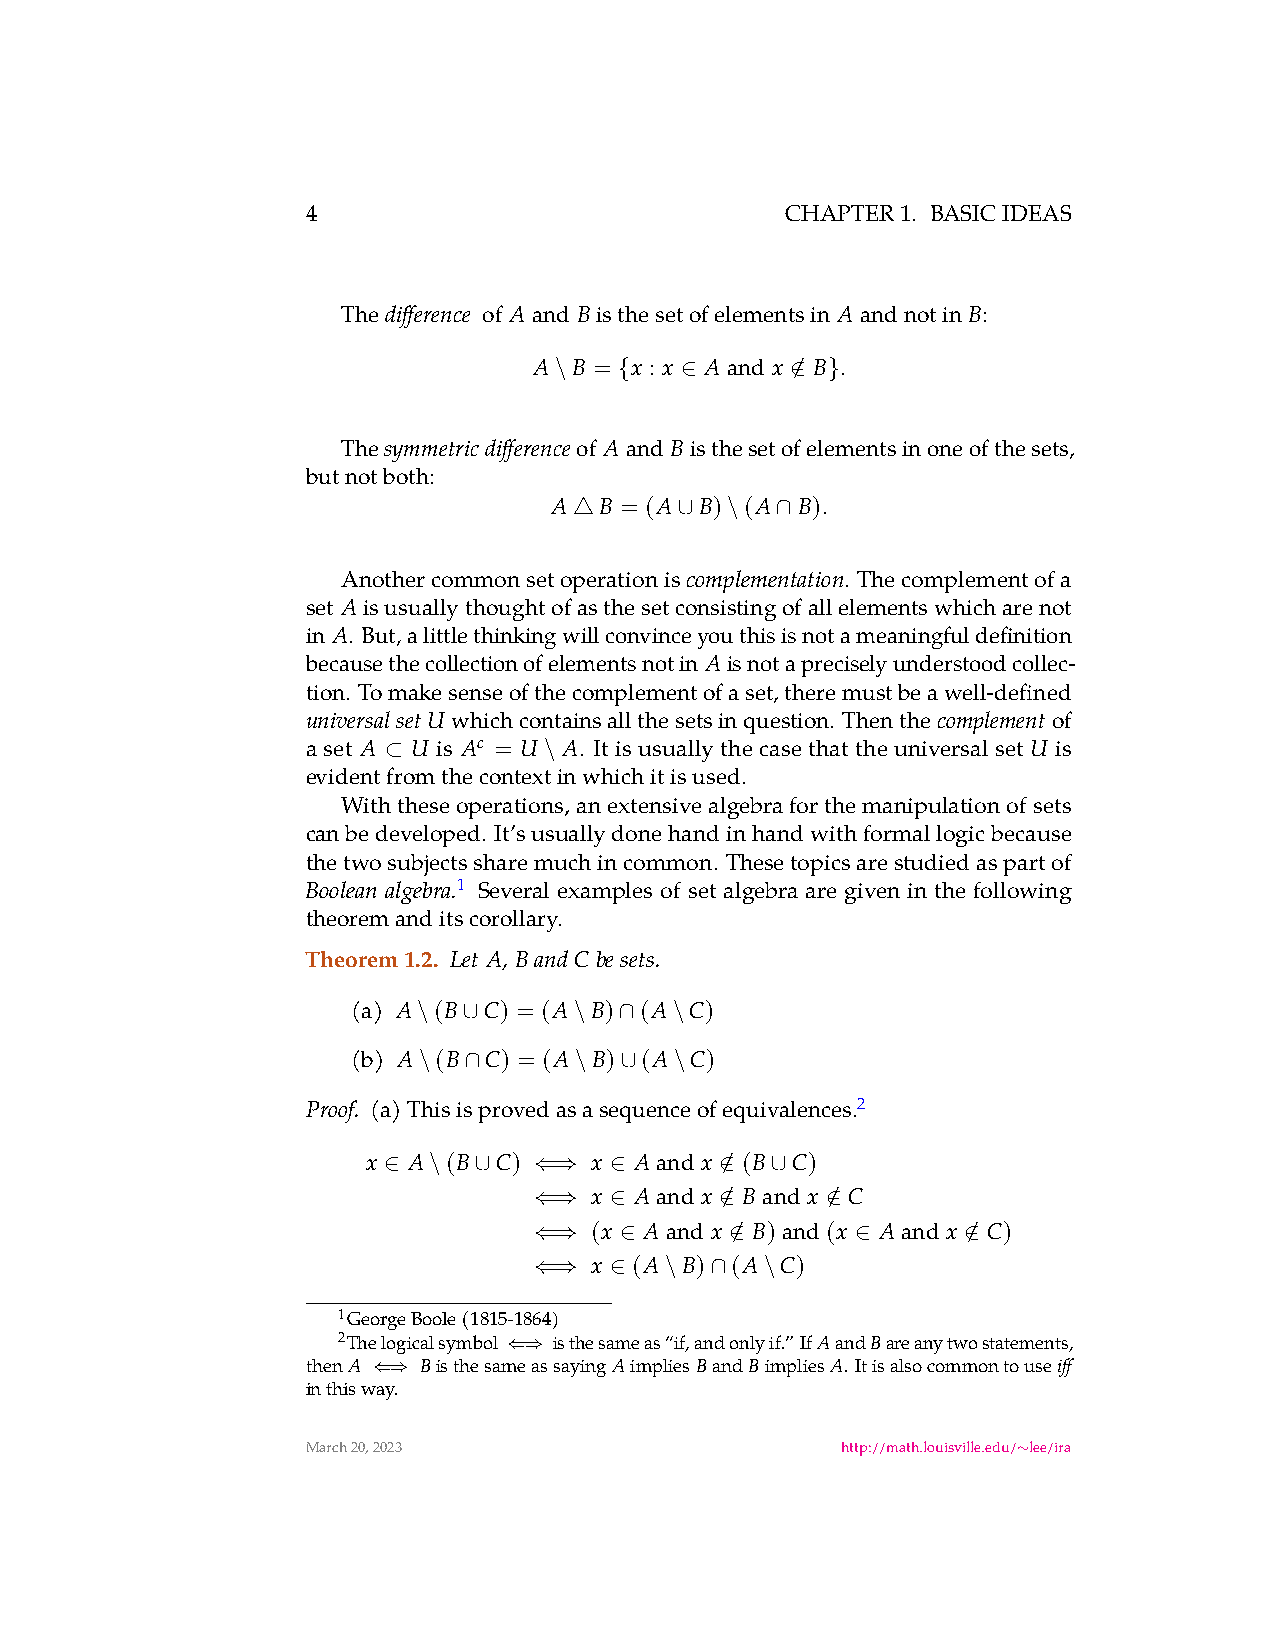
4                               CHAPTER1. BASICIDEAS
 The
 difference
 of Aand Bisthesetofelementsin Aandnotin B:
 A  B = x : x Aand x / B .
 \   {   ∈      ∈  }
 The symmetricdifferenceof Aand Bisthesetofelementsinoneofthesets,
 butnotboth:
 A  B = (A B) (A B).
 △      ∪  \  ∩
 Anothercommonsetoperationis      . Thecomplementofa
 complementation
 set Aisusuallythoughtofasthesetconsistingofallelementswhicharenot
 in A. But,alittlethinkingwillconvinceyouthisisnotameaningfuldefinition
 becausethecollectionofelementsnotin Aisnotapreciselyunderstoodcollec-
 tion. Tomakesenseofthecomplementofaset,theremustbeawell-defined
 universalsetU whichcontainsallthesetsinquestion. Thenthe complementof
 a set A U is Ac = U A. It is usually the case that the universal set U is
 ⊂          \
 evidentfromthecontextinwhichitisused.
 Withtheseoperations,anextensivealgebraforthemanipulationofsets
 canbedeveloped. It’susuallydonehandinhandwithformallogicbecause
 thetwosubjectssharemuchincommon. Thesetopicsarestudiedaspartof
 1 Several examples of set algebra are given in the following
 Boolean algebra.
 theoremanditscorollary.
 Theorem1.2. Let A, BandCbesets.
 (a) A (B C) = (A B) (A C)
 \  ∪      \  ∩   \
 (b) A (B C) = (A B) (A C)
 \  ∩      \  ∪   \
 (a)Thisisprovedasasequenceofequivalences.2
 Proof.
 x  A  (B C)    x  Aand x / (B C)
 ∈  \  ∪   ⇐⇒   ∈       ∈  ∪
 x  Aand x / Band x / C
 ⇐⇒   ∈       ∈      ∈
 (x  Aand x / B)and(x Aand x / C)
 ⇐⇒    ∈      ∈        ∈      ∈
 x  (A B) (A  C)
 ⇐⇒   ∈   \  ∩   \
 1GeorgeBoole(1815-1864)
 2Thelogicalsymbol isthesameas“if,andonlyif.”IfAandBareanytwostatements,
 thenA   Bisthesam⇐e⇒assayingAimpliesBandBimpliesA.Itisalsocommontouseiff
 inthisw⇐ay⇒.
 March20,2023                        http://math.louisville.edu/ lee/ira
 ∼